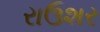
રાઉશર